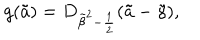
g ( \tilde { a } ) = D _ { { \tilde { \beta } } ^ { 2 } - { \frac { 1 } { 2 } } } ( \tilde { a } - \tilde { \gamma } ) ,